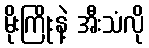
မိုးကြိုးနဲ့ အီးသံလို